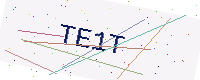
Text: TE1T